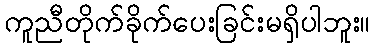
ကူညီတိုက်ခိုက်ပေးခြင်းမရှိပါဘူး။